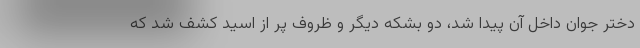
دختر جوان داخل آن پیدا شد، دو بشکه دیگر و ظروف پر از اسید کشف شد که